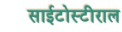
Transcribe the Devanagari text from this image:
साईटोस्टीराल